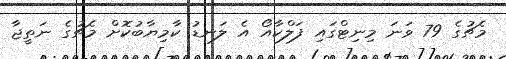
މެޗުގެ 79 ވަނަ މިނިޓްގައި ފަލްކާއޯ އެ ލަނޑު ކާމިޔާބުކޮށް މެޗުގެ ނަތީޖާ